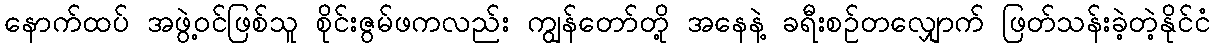
နောက်ထပ် အဖွဲ့ဝင်ဖြစ်သူ စိုင်းဇွမ်ဖကလည်း ကျွန်တော်တို့ အနေနဲ့ ခရီးစဉ်တလျှောက် ဖြတ်သန်းခဲ့တဲ့နိုင်ငံ